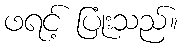
ဖရင့် ပြုံးသည်။